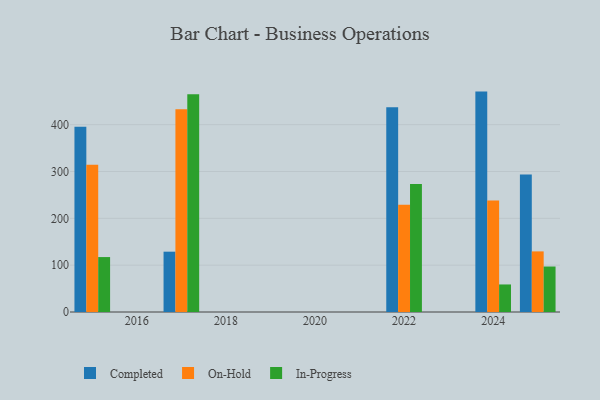
{"axis": {"x": "Year", "y": "Conversion Rate (%)"}, "legend": ["Completed", "In-Progress", "On-Hold"], "data": [{"x": "2024", "y": 470.6, "type": "Completed"}, {"x": "2024", "y": 238.1, "type": "On-Hold"}, {"x": "2024", "y": 58.8, "type": "In-Progress"}, {"x": "2025", "y": 293.5, "type": "Completed"}, {"x": "2025", "y": 129.4, "type": "On-Hold"}, {"x": "2025", "y": 97.1, "type": "In-Progress"}, {"x": "2015", "y": 395.8, "type": "Completed"}, {"x": "2015", "y": 314.2, "type": "On-Hold"}, {"x": "2015", "y": 117.3, "type": "In-Progress"}, {"x": "2017", "y": 128.8, "type": "Completed"}, {"x": "2017", "y": 432.9, "type": "On-Hold"}, {"x": "2017", "y": 464.8, "type": "In-Progress"}, {"x": "2022", "y": 437.1, "type": "Completed"}, {"x": "2022", "y": 229.1, "type": "On-Hold"}, {"x": "2022", "y": 273.5, "type": "In-Progress"}]}